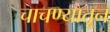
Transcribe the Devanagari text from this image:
चाचण्यातून